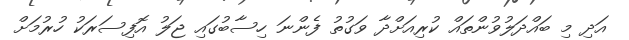
އަދި މި ބައްދަލުވުންތައް ކުރިއަށްދާ ވަގުތު ފެންނަ ހިސާބުގައި ޖަލު އޮފިސަރަކު ހުރުމަށް